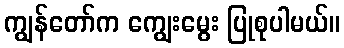
ကျွန်တော်က ကျွေးမွေး ပြုစုပါမယ်။